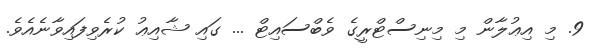
9. މި އިޢުލާން މި މިނިސްޓްރީގެ ވެބްސައިޓް ... ގައި ޝާއިޢު ކުރެވިފައިވާނެއެވެ.